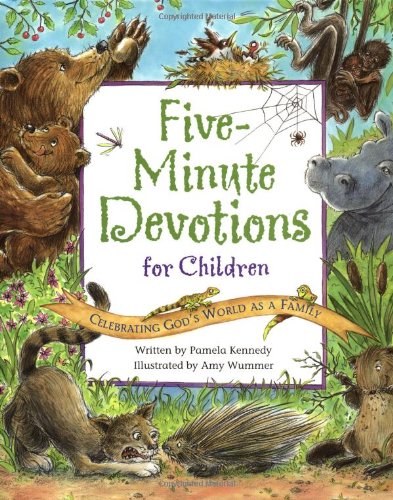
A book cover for Five-Minute Devotions for Children: Celebrating God's World as a Family; Pamela Kennedy; Children's Books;